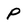
Character: P